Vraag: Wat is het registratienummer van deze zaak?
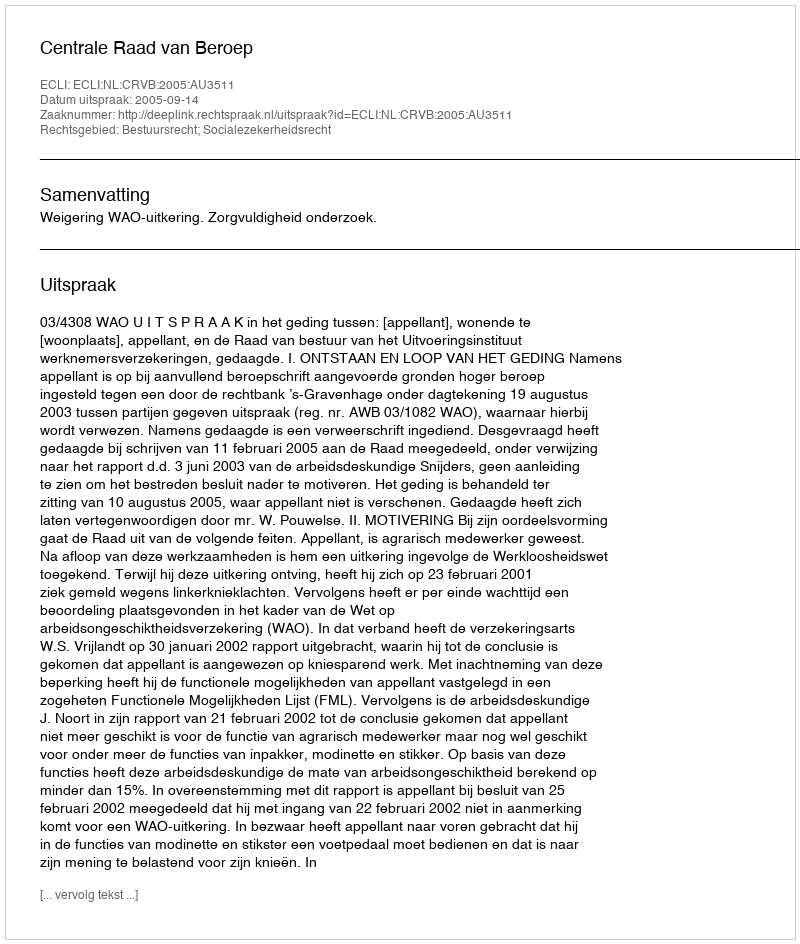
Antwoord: http://deeplink.rechtspraak.nl/uitspraak?id=ECLI:NL:CRVB:2005:AU3511